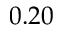
0 . 2 0